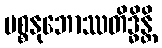
ပစ္စနုဘောဿတိဒ္ဓိန္တိ